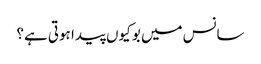
سانس میں بو کیوں پیدا ہوتی ہے؟